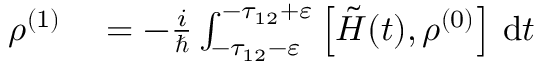
\begin{array} { r l } { \rho ^ { ( 1 ) } } & { { } = - \frac { i } { \hbar } \int _ { - \tau _ { 1 2 } - \varepsilon } ^ { - \tau _ { 1 2 } + \varepsilon } \left[ \tilde { H } ( t ) , \rho ^ { ( 0 ) } \right] \, \mathrm { d } t } \end{array}